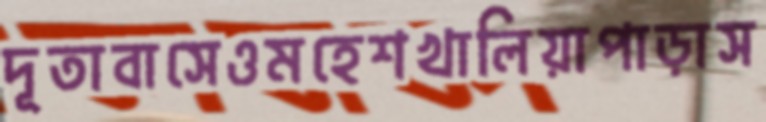
দূতাবাসেওমহেশখালিয়াপাড়াস